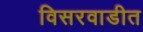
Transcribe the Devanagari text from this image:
विसरवाडीत